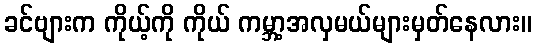
ခင်ဗျားက ကိုယ့်ကို ကိုယ် ကမ္ဘာ့အလှမယ်များမှတ်နေလား။